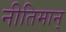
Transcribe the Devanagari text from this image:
नीतिमान्